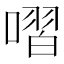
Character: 㗩